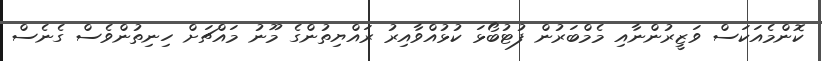
ކޮންމެއަކަސް ވަޒީރުންނާއި މެމްބަރުން ފުޓުބޯޅަ ކުޅުއްވާއިރު ރައްޔިތުންގެ މޫނު މައްޗަށް ހިނިތުންވެސް ގެނެސް